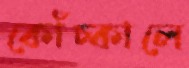
কোঁচ্‌কালে